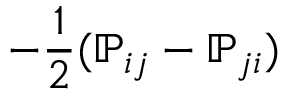
- \frac 1 2 ( { \mathbb P } _ { i j } - { \mathbb P } _ { j i } )